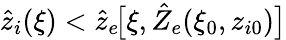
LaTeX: \hat{z}_{i}(\xi)<\hat{z}_{e}\! \big[\xi,\hat{Z}_{e}(\xi_{0},z_{i0})\big]